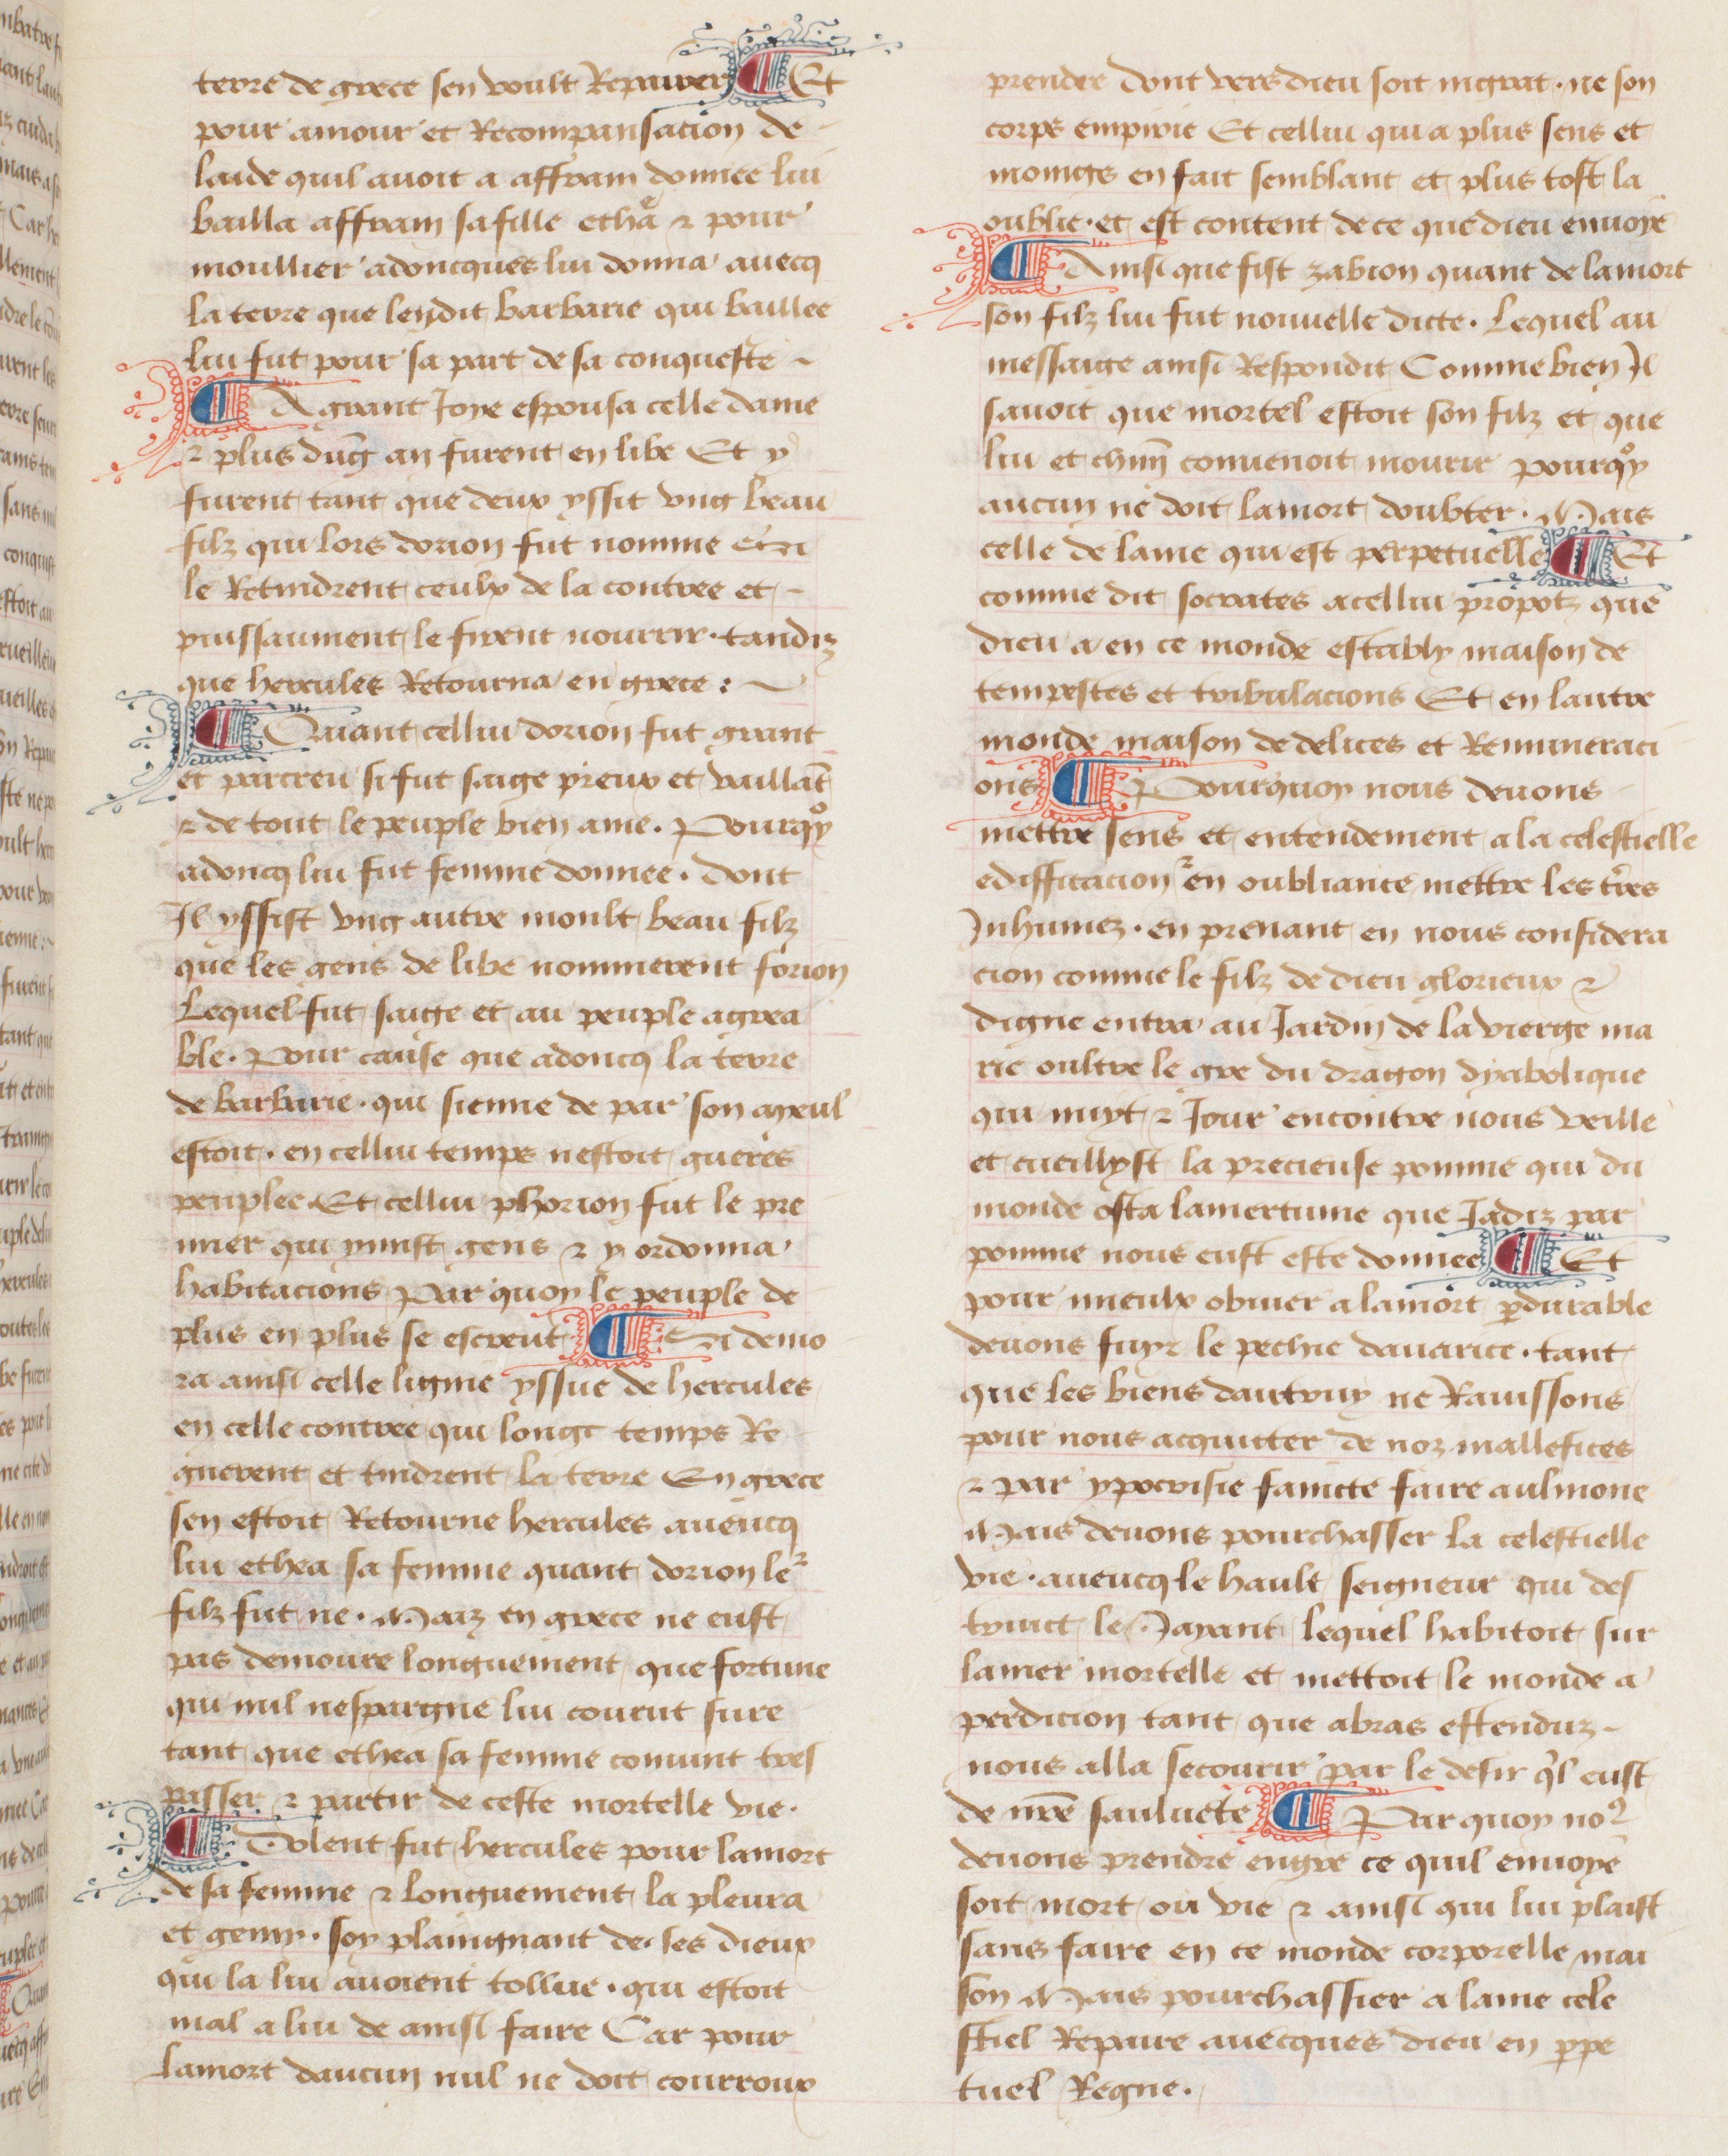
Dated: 1457–1482